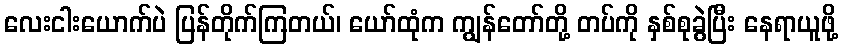
လေးငါးယောက်ပဲ ပြန်တိုက်ကြတယ်၊ ယော်ထုံက ကျွန်တော်တို့ တပ်ကို နှစ်စုခွဲပြီး နေရာယူဖို့